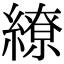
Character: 繚